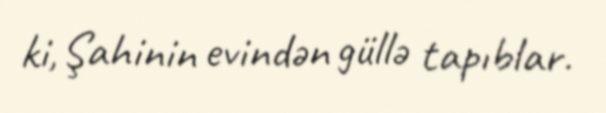
ki, Şahinin evindən güllə tapıblar.